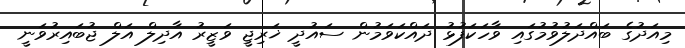
މިއަދުގެ ބައްދަލުވުމުގައި ވާހަކަފުޅު ދައްކަވަމުން ސައުދީ ޚަރިޖީ ވަޒީރު އާދިލް އަލް ޖުބައިރުވަނީ